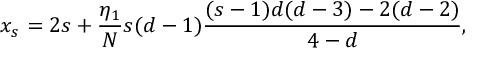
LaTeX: x _ { s } = 2 s + \frac { \eta _ { 1 } } { N } s ( d - 1 ) \frac { ( s - 1 ) d ( d - 3 ) - 2 ( d - 2 ) } { 4 - d } ,